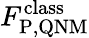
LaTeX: F_{\mathrm{P,QNM}}^{\mathrm{class}}